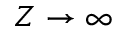
Z \to \infty